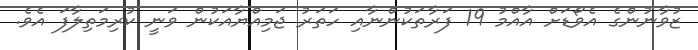
ޒުވާނުންގެ އެވޯޑަށް އާއްމު 19 ފަރާތަކުންނާއި ހަތަރު ޖަމިއްޔާއަކުން ވަނީ ކުރިމަތިލާފަ އެވެ.